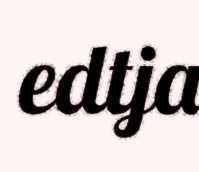
edtja